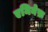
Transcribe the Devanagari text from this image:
एमिनेफ़